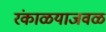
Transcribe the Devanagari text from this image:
रंकाळयाजवळ